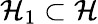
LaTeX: \mathcal{H}_{1}\subset\mathcal{H}